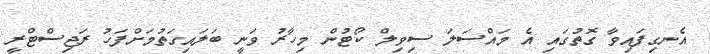
އެނގިފައިވާ ގޮތުގައި އެ މައްސަލަ ސިވިލް ކޯޓުން މިހާރު ވަނީ ބަލައިގަތުމަށްފަހު ރަޖިސްޓްރީ